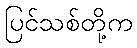
ပြင်သစ်တို့က